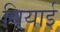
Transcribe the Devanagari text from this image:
बियाई